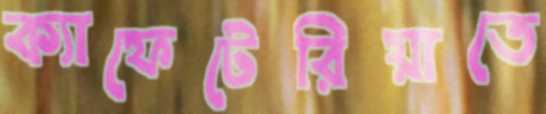
ক্যাফেটেরিয়াতে